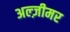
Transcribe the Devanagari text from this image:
अल्ज़ीमर